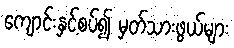
ကျောင်းနှင့်စပ်၍ မှတ်သားဖွယ်များ